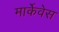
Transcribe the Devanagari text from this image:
मार्केवेस